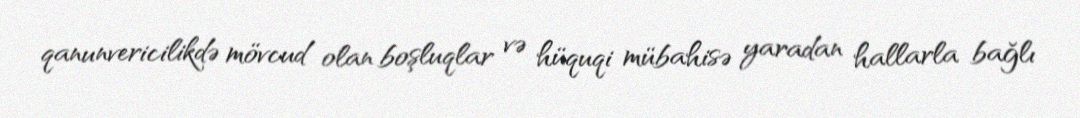
qanunvericilikdə mövcud olan boşluqlar və hüquqi mübahisə yaradan hallarla bağlı